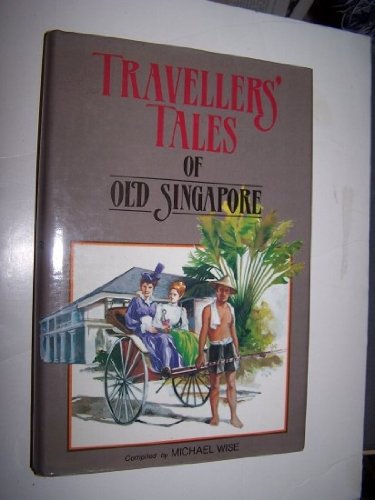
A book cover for Traveller's tales of old Singapore; Michael Wise; Travel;